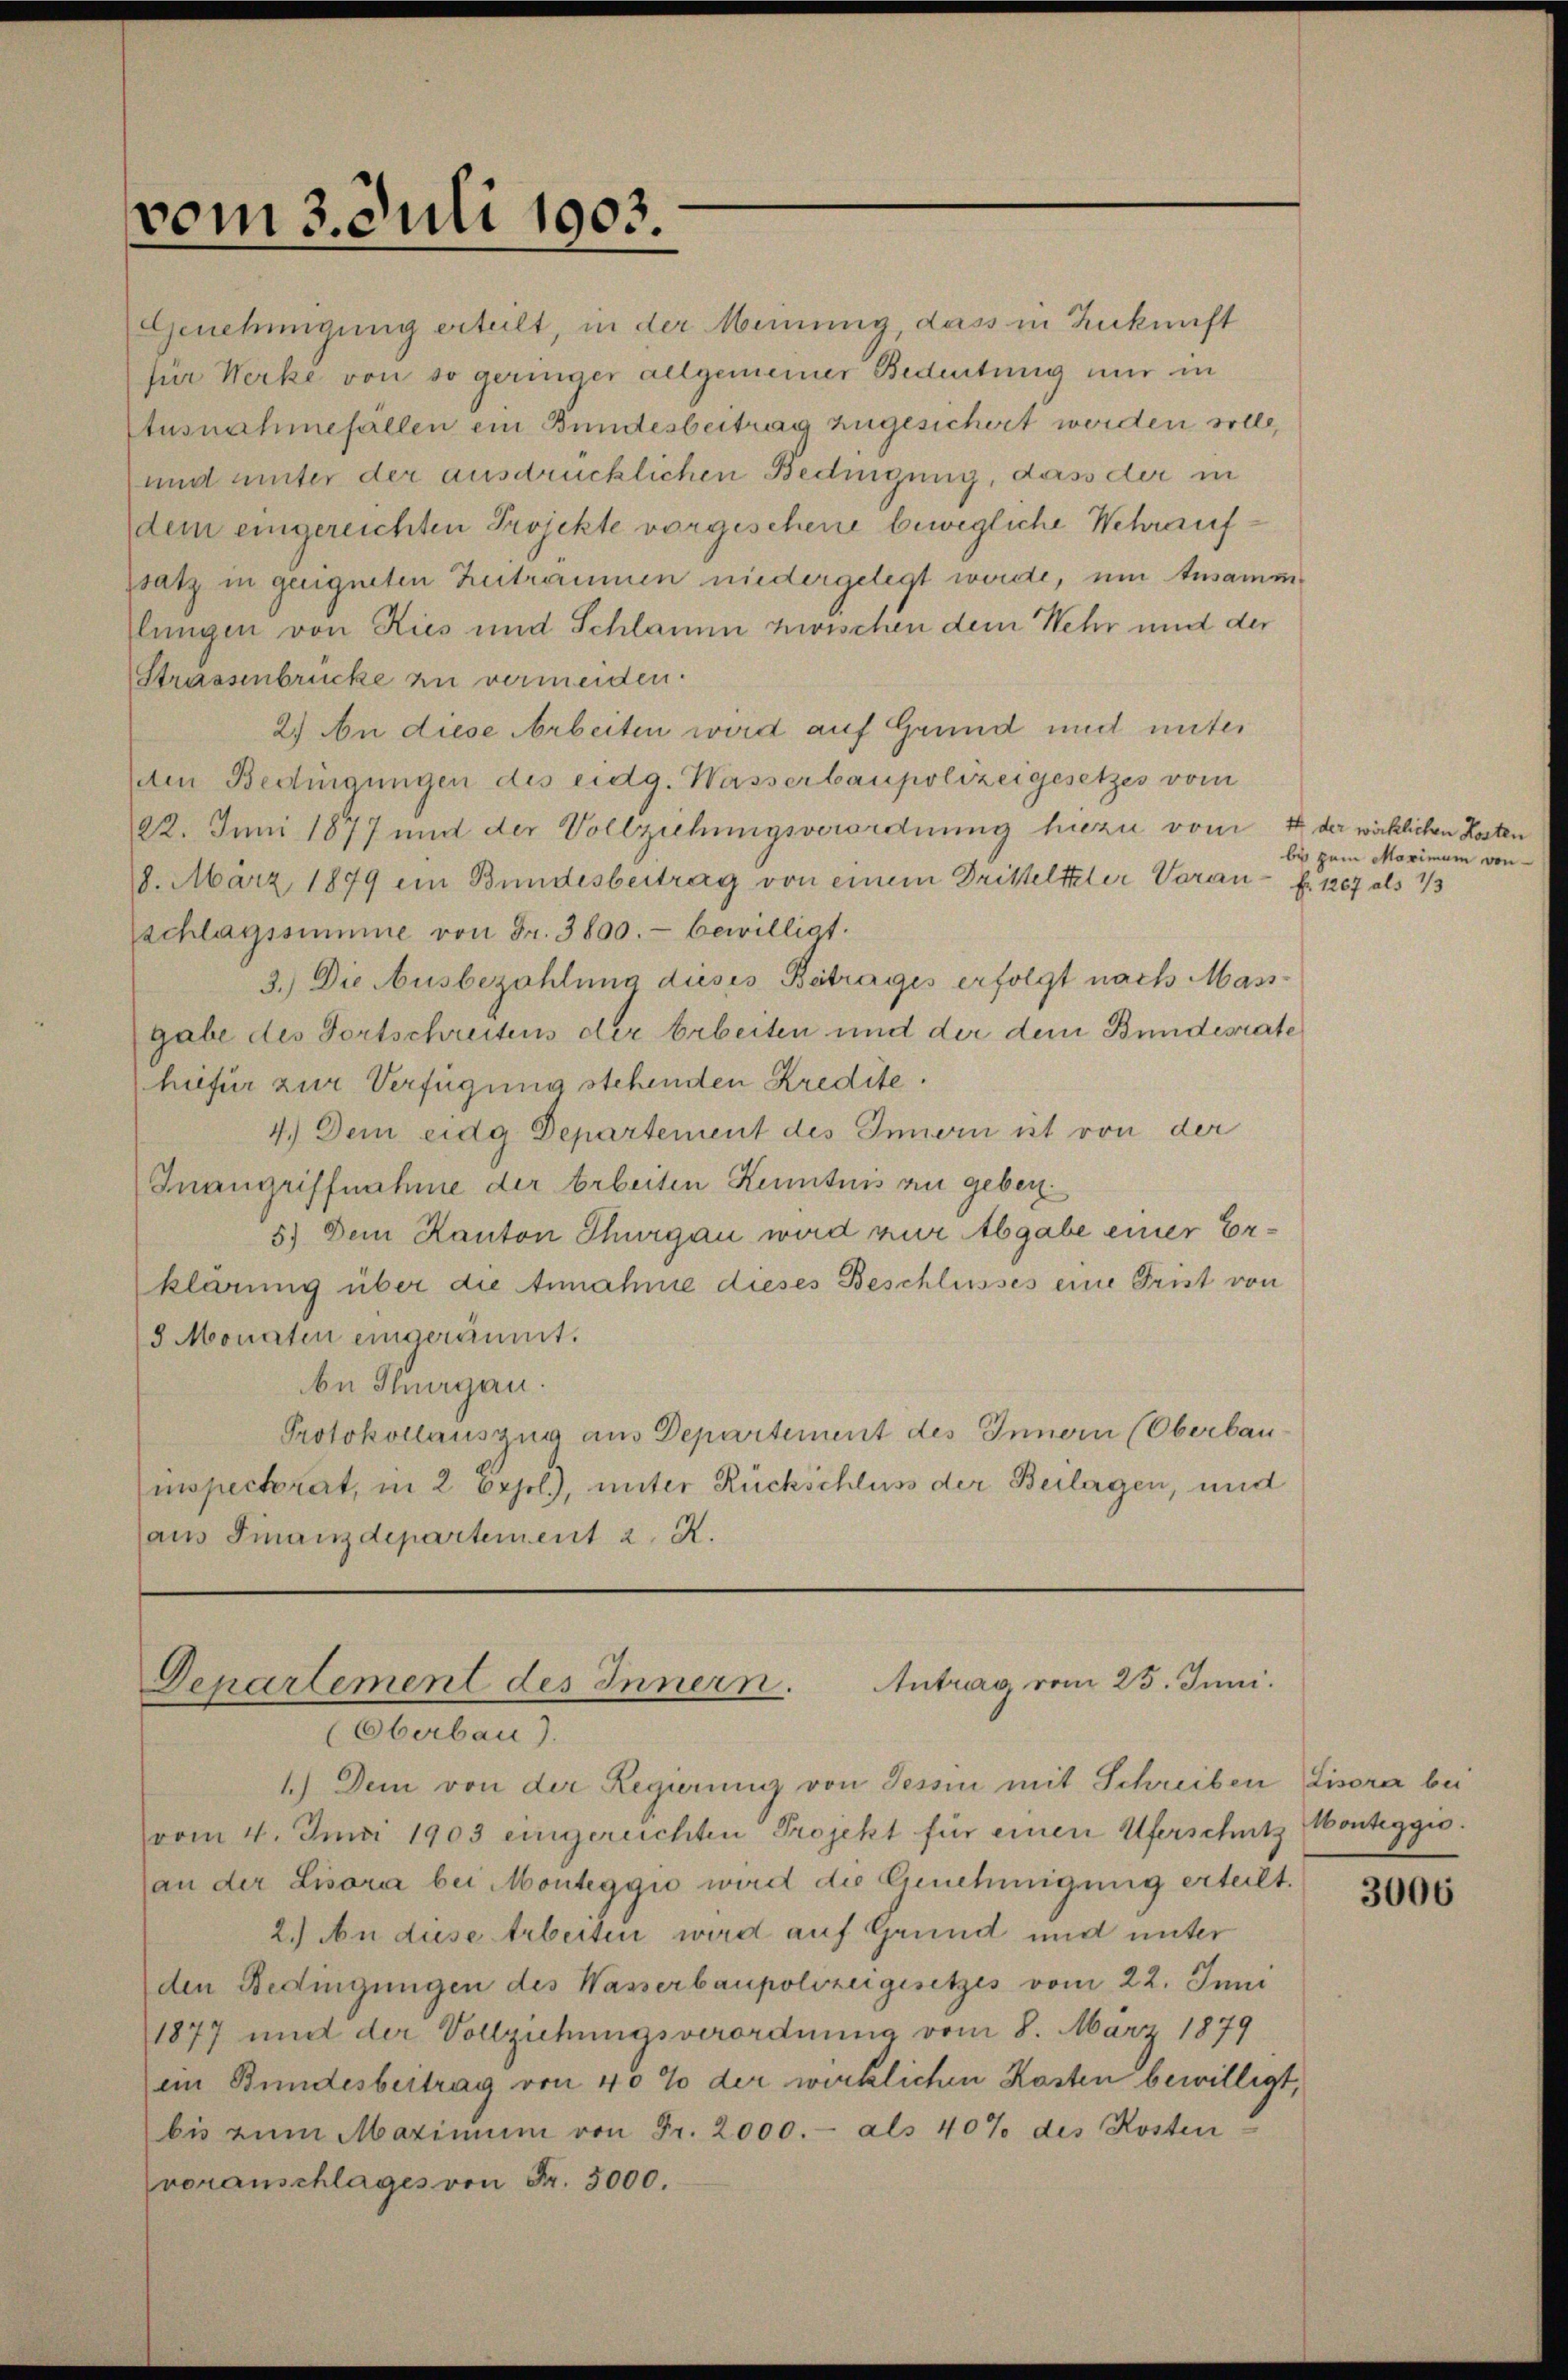
vom 3. Juli 1903.

Genehmigung erteilt, in der Meinung, dass in Zukunft
für Werke von so geringer allgemeiner Bedeutung nur in
Ausnahmefällen ein Bundesbeitrag zugesichert worden solle,
und unter der ausdrücklichen Bedingung, dass der in
dem eingereichten Projekte vorgescheine bewegliche Wehraufssatz in geeigneten Zuträumen niedergelegt werde, um Ansammlungen von Kies und Schlamm zwischen dem Wehr und der
Strassenbrücke zu vermeiden.
2.) An diese Arbeiten wird auf Grund und unter
Aen Bedingungen des eidg. Wasserbaupolizeigesetzes vom
22. Juni 1877 und der Vollziehungsverordnung hiezu vom 4 der wirklichen Kosten
8. März 1879 ein Bundesbertrag von einem Dritteltzler Voran fr. 1267 als 1/3
Schlagssumme von Fr. 3800.- bewilligt.
3.) Die Ausbezahlung dieses Betrages erfolgt nach Mass-
gabe des Fortschreitens der Arbeiten und der dem Bundesrate
hiefür zur Verfügung stehenden Kredite.
4.) Dem eidg Departement des Innern ist von der
Inangriffnahme der Arbeiten Kenntnis an geber¬
5.) Dem Kanton Thurgau wird zur Abgabe einer Erklärung über die Annahme dieses Beschlusses eine Frist von
8 Monaten eingeräumt.
be Thurgau.
Protokollauszug aus Departement des Innern (Oberbau-
inspectorat, in 2 Bojol.), unter Rückschluss der Beilagen, und
aus Finanzdepartement 2. X.

Denartement des Innern. Antrag vom 25. Juni.
(Oberbau).

1.) Dem von der Regierung von Tessin mit Schreiben Lisora bei
vom 4. Juni 1903 eingerechten Projekt für einen Uferschutz
(an der Lisora bei Monteggio wird die Genehmigung erteilt.
2.) An diese Arbeiten wird auf Grund und unter
den Bedingungen des Wasserbaupolizeigesetzes vom 22. Juni
1877 und der Vollziehungsverordnung vom 8. März 1879
ein Bundesbeitrag von 40% der wirklichen Kosten bewilligt,
bis zum Maximum von Fr. 2000.- als 40% des Kosten
voranschlages von Fr. 5000.

be pain Maximum von

Monteggio.

3006